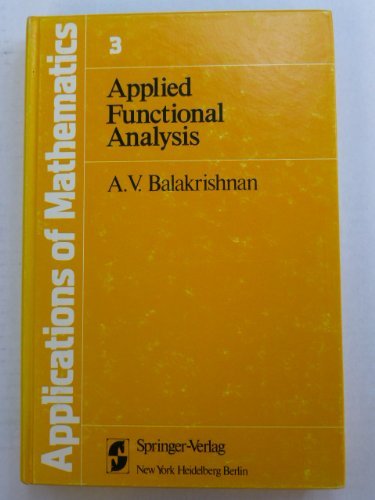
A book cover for Applied Functional Analysis (Applications of Mathematics; V. 3); A. V. Balakrishnan; Science & Math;